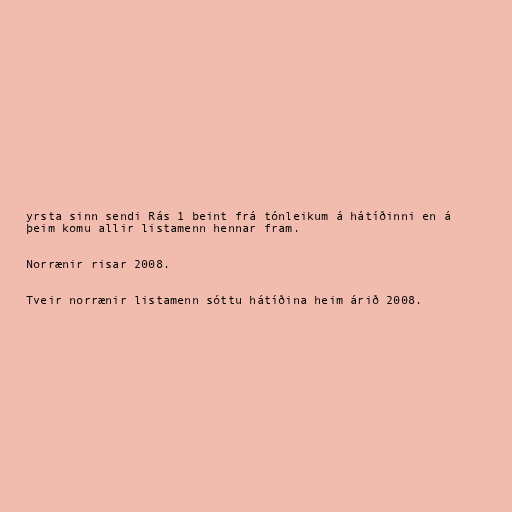
yrsta sinn sendi Rás 1 beint frá tónleikum á hátíðinni en á
þeim komu allir listamenn hennar fram.

Norrænir risar 2008.

Tveir norrænir listamenn sóttu hátíðina heim árið 2008.